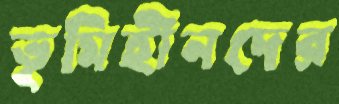
ভূমিহীনদের